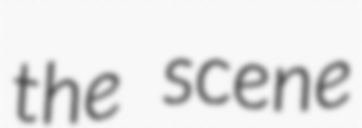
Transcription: the scene